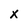
Character: x